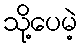
သို့ပေမဲ့